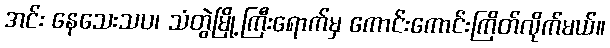
အင်း နေသေးသပ၊ သံတွဲမြို့ကြီးရောက်မှ ကောင်းကောင်းကြိတ်လိုက်မယ်။